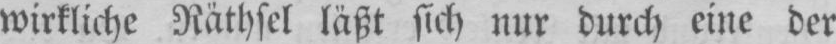
wirkliche Räthsel läßt sich nur durch eine der